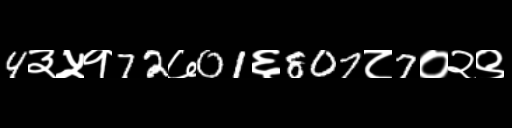
Text: 4३५१72७01६807८7०२९